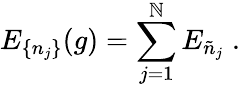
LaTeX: E_{\{ n_{j}\} }(g)=\sum_{j=1}^{\mathbb{N}}E_{\tilde{{n}}_{j}}\; .